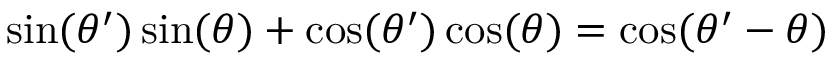
\sin ( \theta ^ { \prime } ) \sin ( \theta ) + \cos ( \theta ^ { \prime } ) \cos ( \theta ) = \cos ( \theta ^ { \prime } - \theta )